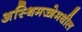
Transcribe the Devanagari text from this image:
अस्थिमज्जेमधील